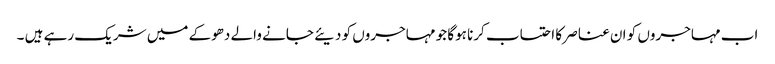
اب مہاجروں کو ان عناصر کا احتساب کرنا ہوگا جو مہاجروں کو دیئے جانے والے دھوکے میں شریک رہے ہیں ۔